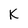
Character: K